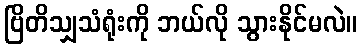
ဗြိတိသျှသံရုံးကို ဘယ်လို သွားနိုင်မလဲ။